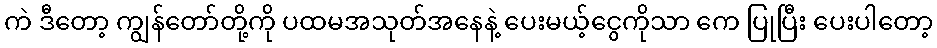
ကဲ ဒီတော့ ကျွန်တော်တို့ကို ပထမအသုတ်အနေနဲ့ ပေးမယ့်ငွေကိုသာ ကေ ပြုပြီး ပေးပါတော့